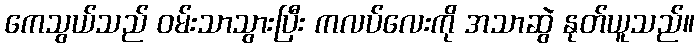
ကေသွယ်သည် ဝမ်းသာသွားပြီး ကလပ်လေးကို အသာဆွဲ နုတ်ယူသည်။